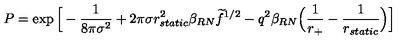
P = \exp \Big [ - { \frac { 1 } { 8 \pi \sigma ^ { 2 } } } + 2 \pi \sigma r _ { s t a t i c } ^ { 2 } \beta _ { R N } \widetilde f ^ { 1 / 2 } - q ^ { 2 } \beta _ { R N } \Big ( { \frac { 1 } { r _ { + } } } - { \frac { 1 } { r _ { s t a t i c } } } \Big ) \Big ]